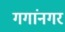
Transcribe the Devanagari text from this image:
गगांनगर